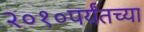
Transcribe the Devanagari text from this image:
२०१०पर्यंतच्या